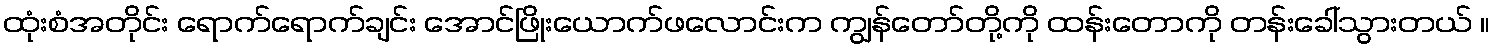
ထုံးစံအတိုင်း ရောက်ရောက်ချင်း အောင်ဖြိုးယောက်ဖလောင်းက ကျွန်တော်တို့ကို ထန်းတောကို တန်းခေါ်သွားတယ် ။